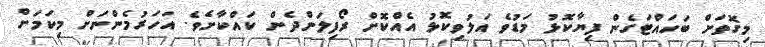
މިގޮތަށް ބަހައްޓަގެން ފިޔާކޮޅު މަޑުވެ އަލުވިކޮޅު އެއްކޮށް ރޯފިލަންދެން ކައްކާށެވެ. އަހަރުމެންނަށް މިކަމަށް